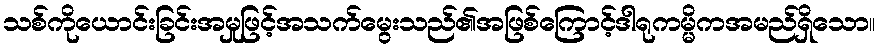
သစ်ကိုယောင်းခြင်းအမှုဖြင့်အသက်မွေးသည်၏အဖြစ်ကြောင့်ဒါရုကမ္မိကအမည်ရှိသော။